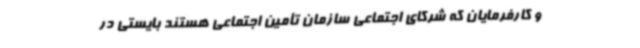
و کارفرمایان که شرکای اجتماعی سازمان تأمین اجتماعی هستند بایستی در